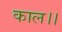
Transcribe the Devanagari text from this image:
काल।।